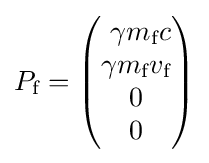
{P}_{\text{f}}={\begin{pmatrix}\ {\gamma }{m}_{\text{f}}c\\{\gamma }{m}_{\text{f}}{v}_{\text{f}}\\0\\0\end{pmatrix}}